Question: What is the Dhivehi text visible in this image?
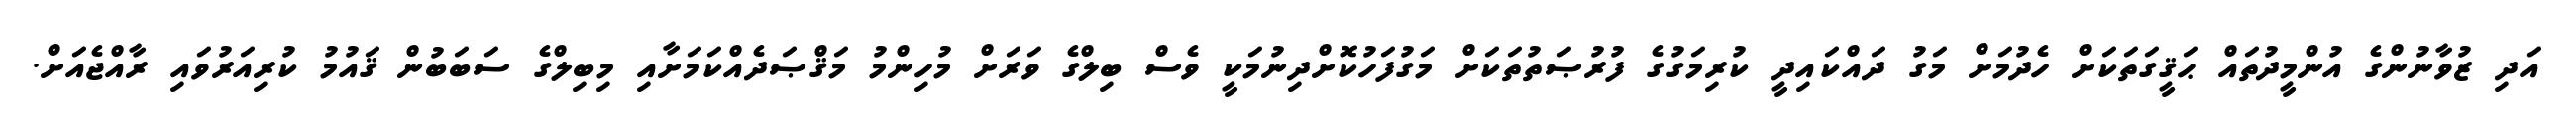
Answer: އަދި ޒުވާނުންގެ އުންމީދުތައް ޙަޤީގަތަކަށް ހެދުމަށް މަގު ދައްކައިދީ ކުރިމަގުގެ ފުރުޞަތުތަކަށް މަގުފަހުކޮށްދިނުމަކީ ވެސް ބިލްގެ ވަރަށް މުހިންމު މަޤްޞަދެއްކަމަށާއި މިބިލްގެ ސަބަބުން ޤައުމު ކުރިއަރުވައި ރާއްޖެއަށް.